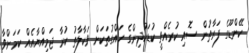
ކޭންޑޫގެ ފަރާތުން ސޮއި ކުރެއްވީ ކުޑަކުދިންގެ ހައްގުތަކަށް ވަކާލާތު ކުރާ ޖަމިއްޔާއެއް ކަމަށްވާ